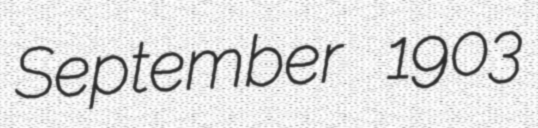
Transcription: September 1903